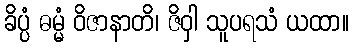
ခိပ္ပံ ဓမ္မံ ဝိဇာနာတိ၊ ဇိဝှါ သူပရသံ ယထာ။